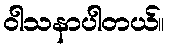
ဝါသနာပါတယ်။